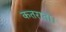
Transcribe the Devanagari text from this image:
कतराता।